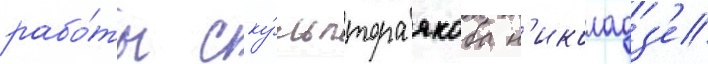
рабо́ты ску́льптора якоба н'иколадз'е